Plague in India, 1896, 1897 - Volume 2
Year: 1896
Disease focus: Plague
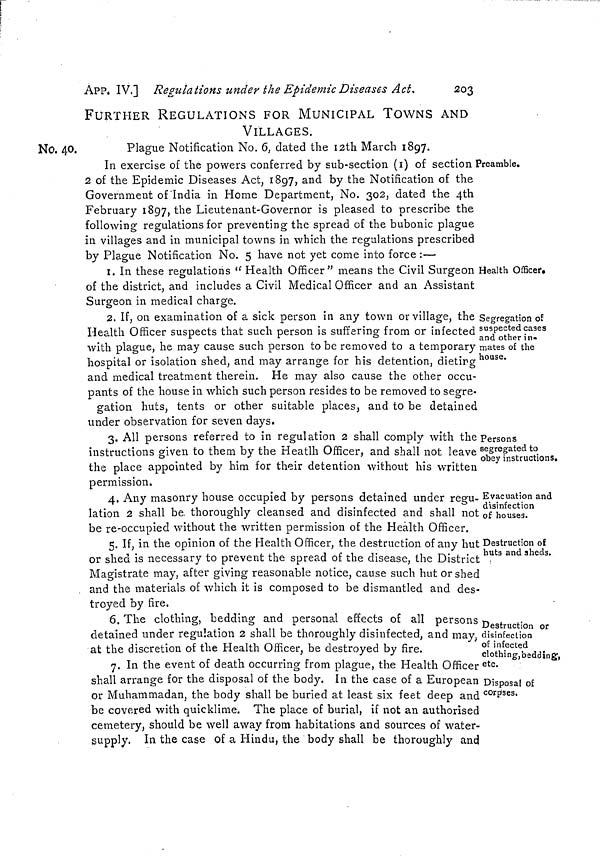
246
Measures to. prevent the
[ APP. IX.
all communication, except such as is hereinafter provided for between
such vessel and the shore, or other vessels and boats in the har-
bour.
IV.—If the Health Officer shall have reason to believe at the
time when the vessel arrives in the harbour that any
person on board is suffering, or during the voyage has
suffered, from plague, he shall direct the commander to
take the vessel to the quarantine anchorage as afore-
said, and there to remain for a period of fifteen days
from the day of arrival in the harbour; and shall further
direct that during such fifteen days intercourse between
the said vessel and the shore or other vessels and boats
in the harbour shall be prohibited as provided in Rule
ill.
V.—If during the period a vessel is at the quarantine anchorage
aforesaid any case or cases of plague should occur on
board, the said vessel shall remain in quarantine for a
period of fifteen days from the date of the last case
occurring, and be subject to all the prohibitions pro-
vided for in Rules III and IV.
VI.—When any vessel has been placed in quarantine as afore-
said, the Health Officer may direct the removal of so
many of the passengers and crew as may not be suffer-
ing from illness, and whose services may not be required
on board the vessel, to such particular spots as may
from time to time be selected by the Chief Commis-
sioner as places of quarantine, there to remain for a
period of eight days, or if the vessel has been placed in
quarantine for fifteen days, for a period of fifteen days.
If a case of plague occurs among such passengers and
crew during any such period, they shall remain in a
place of quarantine for a period of fifteen days from the
date of the occurrence of the last case of such illness.
VII.—Any mails or cargo which may be brought by any vessel so
arriving shall be landed under such precautions as the
Health Officer may deem necessary to prevent the
spread of the disease.
VIII.—It will be the duty of the Conservator of the Port to facili-
tate the conveyance to all vessels in quarantine or such
supplies of provisions, stores, and other articles as may
be required by those on board. Such supplies will be
placed on the boats of the vessels in quarantine to be
subsequently romoved by members of their crews.